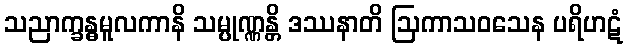
သညာက္ခန္ဓမူလကာနိ သမ္ပုဏ္ဏန္တိ ဒဿနာတိ ဩကာသဝသေန ပရိဟဋံ